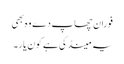
فوران چھاپ دے وہ بھی
یہ مینڈکی ہے کون یار۔